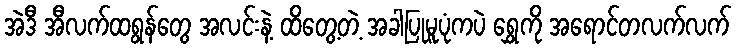
အဲဒီ အီလက်ထရွန်တွေ အလင်းနဲ့ ထိတွေ့တဲ့ အခါပြုမူပုံကပဲ ရွှေကို အရောင်တလက်လက်